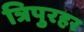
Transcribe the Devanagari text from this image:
त्रिपुरहर